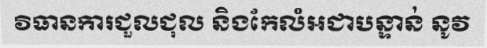
វិធានការជួលជុល និងកែលំអជាបន្ទាន់ នូវ